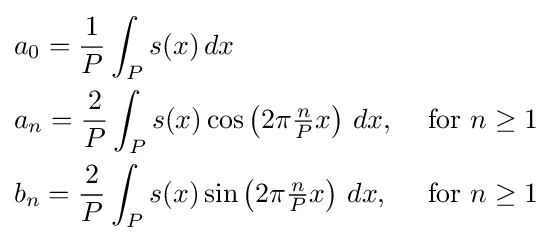
{\begin{aligned}&a_{0}={\frac {1}{P}}\int _{P}s(x)\,dx&\\&a_{n}={\frac {2}{P}}\int _{P}s(x)\cos \left(2\pi {\tfrac {n}{P}}x\right)\,dx,\ &{\textrm {for}}~n\geq 1\\&b_{n}={\frac {2}{P}}\int _{P}s(x)\sin \left(2\pi {\tfrac {n}{P}}x\right)\,dx,\ &{\text{for}}~n\geq 1\\\end{aligned}}